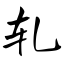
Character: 轧